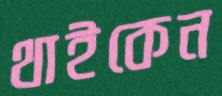
থাইকেন